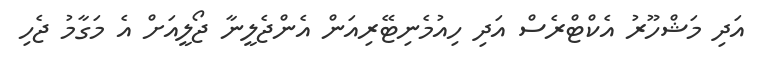
އަދި މަޝްހޫރު އެކްޓްރެސް އަދި ހިއުމެނިޓޭރިއަން އެންޖެލީނާ ޖޯލީއަށް އެ މަގާމު ޖެހި